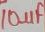
Text: 10µF